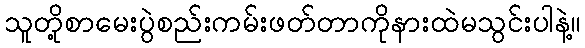
သူတို့စာမေးပွဲစည်းကမ်းဖတ်တာကိုနားထဲမသွင်းပါနဲ့။